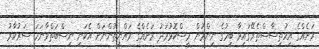
ރަށެއްގެ އިހުތިސާސްތެރޭގައިވާ ބިމުގެ ނިންމުން މީސްކޮޅުމަދު ރަށެއްގެ ރައްޔިތުންނަށް އެކަނި ނިސްބަތްވާނަަމަ ސަރުކާރު